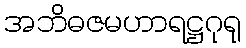
အဘိဓဇမဟာရဋ္ဌဂုရု